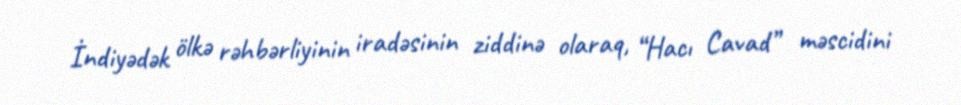
İndiyədək ölkə rəhbərliyinin iradəsinin ziddinə olaraq, “Hacı Cavad” məscidini